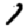
Digit: 1